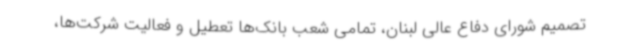
تصمیم شورای دفاع عالی لبنان، تمامی شعب بانک‌ها تعطیل و فعالیت شرکت‌ها،